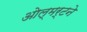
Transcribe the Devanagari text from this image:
ओल्मर्टने